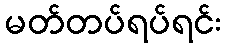
မတ်တပ်ရပ်ရင်း